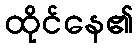
ထိုင်နေ၏